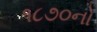
૧૮૭૦નો